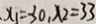
x _ { 1 } = 3 0 , x _ { 2 } = 3 3